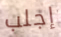
إجلب